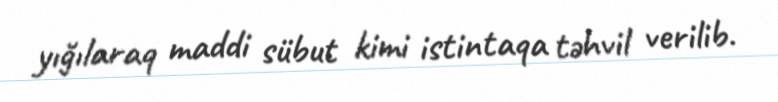
yığılaraq maddi sübut kimi istintaqa təhvil verilib.